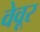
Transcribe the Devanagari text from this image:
वेवूर